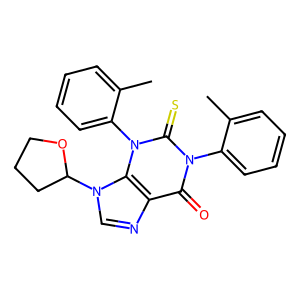
SMILES: Cc1ccccc1-n1c(=O)c2ncn(C3CCCO3)c2n(-c2ccccc2C)c1=S
Inhibits HIV replication: No